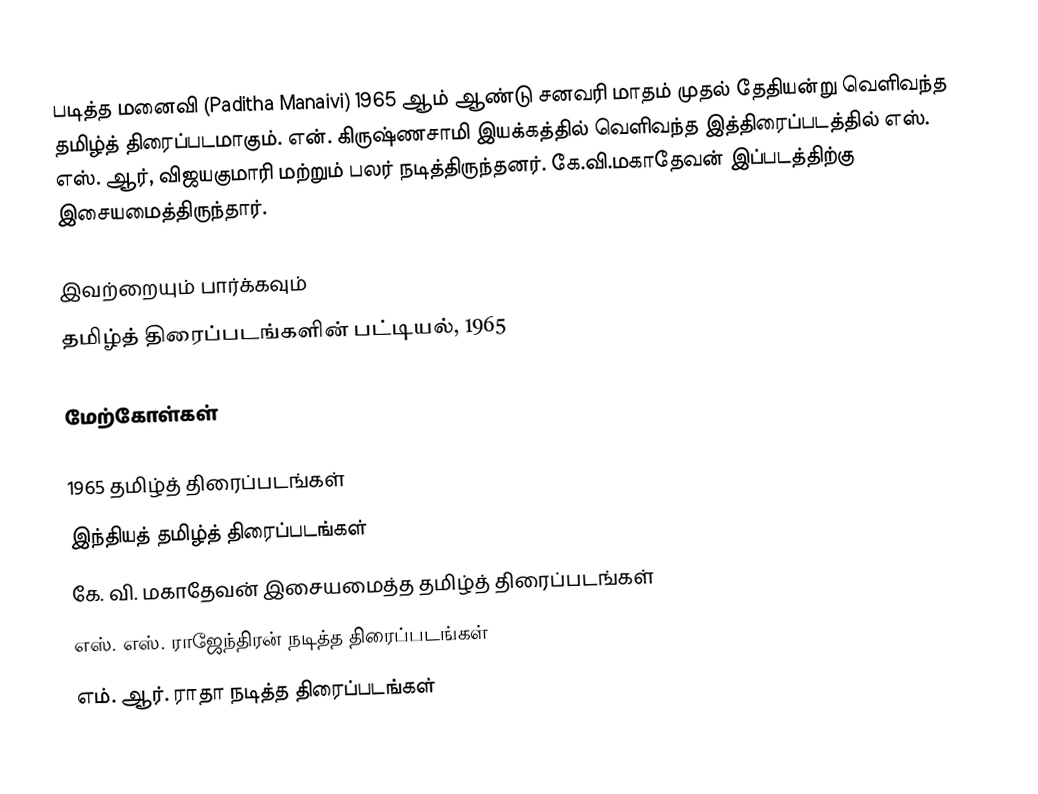
படித்த மனைவி (Paditha Manaivi) 1965 ஆம் ஆண்டு சனவரி மாதம் முதல் தேதியன்று வெளிவந்த தமிழ்த் திரைப்படமாகும். என். கிருஷ்ணசாமி இயக்கத்தில் வெளிவந்த இத்திரைப்படத்தில் எஸ். எஸ். ஆர், விஜயகுமாரி மற்றும் பலர் நடித்திருந்தனர். கே.வி.மகாதேவன் இப்படத்திற்கு இசையமைத்திருந்தார்.

இவற்றையும் பார்க்கவும்
 தமிழ்த் திரைப்படங்களின் பட்டியல், 1965

மேற்கோள்கள்

1965 தமிழ்த் திரைப்படங்கள்
இந்தியத் தமிழ்த் திரைப்படங்கள்
கே. வி. மகாதேவன் இசையமைத்த தமிழ்த் திரைப்படங்கள்
எஸ். எஸ். ராஜேந்திரன் நடித்த திரைப்படங்கள்
எம். ஆர். ராதா நடித்த திரைப்படங்கள்